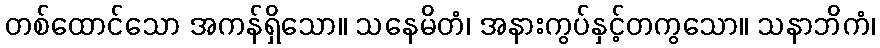
တစ်ထောင်သော အကန်ရှိသော။ သနေမိတံ၊ အနားကွပ်နှင့်တကွသော။ သနာဘိကံ၊